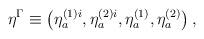
LaTeX: \begin{align*}\eta ^\Gamma \equiv \left( \eta _a^{(1)i},\eta _a^{(2)i},\eta_a^{(1)},\eta _a^{(2)}\right) ,\end{align*}